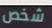
شخص